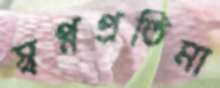
স্বপ্নপ্রতিমা